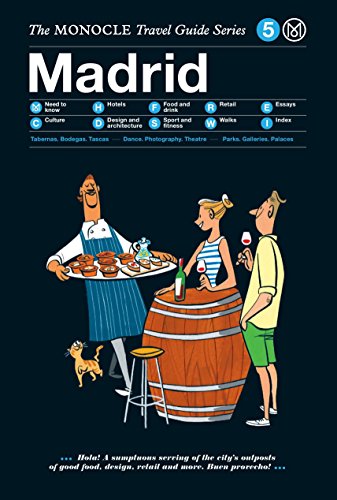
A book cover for Madrid: The Monocle Travel Guide Series; Travel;